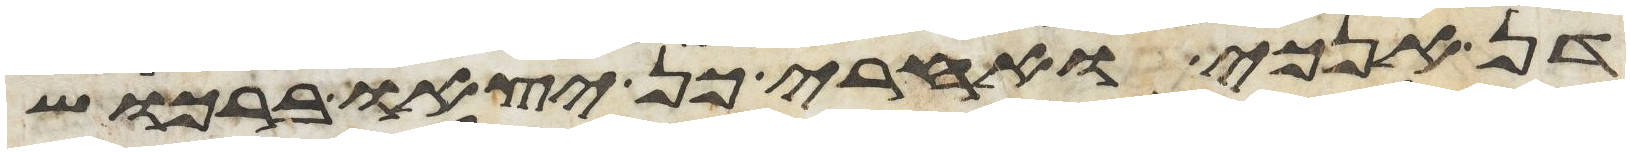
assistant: דן אנכי ואחרי כן יצאו ברכוש